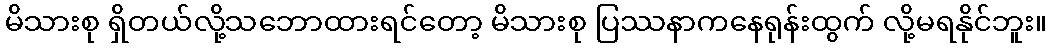
မိသားစု ရှိတယ်လို့သဘောထားရင်တော့ မိသားစု ပြဿနာကနေရုန်းထွက် လို့မရနိုင်ဘူး။